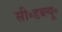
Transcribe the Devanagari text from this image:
सी॰डब्ल्यू॰